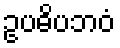
ဥပဓိပဘဝံ